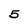
Character: 5